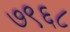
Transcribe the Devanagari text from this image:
७९६८